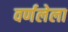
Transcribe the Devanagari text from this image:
वर्णलेला